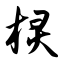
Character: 棂